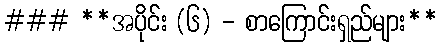
### **အပိုင်း (၆) - စာကြောင်းရှည်များ**